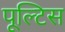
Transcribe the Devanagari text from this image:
पूल्टिस